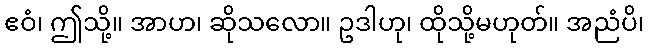
ဧဝံ၊ ဤသို့။ အာဟ၊ ဆိုသလော။ ဥဒါဟု၊ ထိုသို့မဟုတ်။ အညံပိ၊